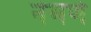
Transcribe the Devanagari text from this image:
नेमणे